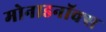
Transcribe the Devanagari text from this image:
मोनाडनॉक्स